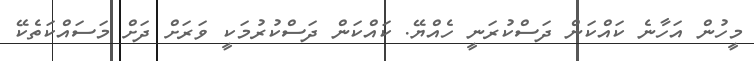
މީހުން އަހާނެ ކައްކަން ދަސްކުރަނީ ހެއްޔޭ. ކައްކަން ދަސްކުރުމަކީ ވަރަށް ދަށް މަސައްކަތެކޭ